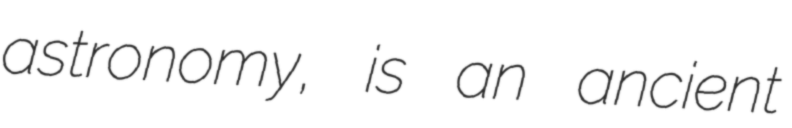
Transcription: astronomy, is an ancient